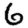
Digit: 6